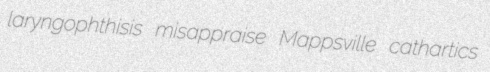
laryngophthisis misappraise Mappsville cathartics